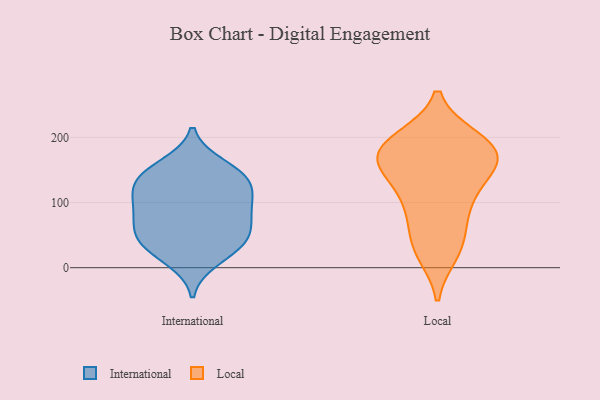
{"axis": {"x": "Inventory Turnover", "y": "Value"}, "legend": ["International", "Local"], "data": [{"x": "", "y": 30, "type": "International"}, {"x": "", "y": 94, "type": "International"}, {"x": "", "y": 65, "type": "International"}, {"x": "", "y": 140, "type": "International"}, {"x": "", "y": 12, "type": "International"}, {"x": "", "y": 132, "type": "International"}, {"x": "", "y": 157, "type": "International"}, {"x": "", "y": 45, "type": "International"}, {"x": "", "y": 147, "type": "International"}, {"x": "", "y": 38, "type": "International"}, {"x": "", "y": 51, "type": "International"}, {"x": "", "y": 117, "type": "International"}, {"x": "", "y": 120, "type": "International"}, {"x": "", "y": 88, "type": "International"}, {"x": "", "y": 83, "type": "International"}, {"x": "", "y": 102, "type": "Local"}, {"x": "", "y": 23, "type": "Local"}, {"x": "", "y": 167, "type": "Local"}, {"x": "", "y": 197, "type": "Local"}, {"x": "", "y": 150, "type": "Local"}, {"x": "", "y": 191, "type": "Local"}, {"x": "", "y": 181, "type": "Local"}, {"x": "", "y": 181, "type": "Local"}, {"x": "", "y": 194, "type": "Local"}, {"x": "", "y": 33, "type": "Local"}, {"x": "", "y": 139, "type": "Local"}, {"x": "", "y": 38, "type": "Local"}, {"x": "", "y": 160, "type": "Local"}, {"x": "", "y": 86, "type": "Local"}, {"x": "", "y": 156, "type": "Local"}, {"x": "", "y": 93, "type": "Local"}]}